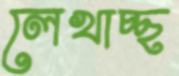
লেখাচ্ছ